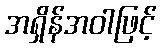
အရှိန်အဝါဖြင့်